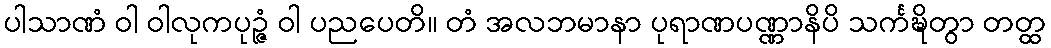
ပါသာဏံ ဝါ ဝါလုကပုဉ္ဇံ ဝါ ပညပေတိ။ တံ အလဘမာနာ ပုရာဏပဏ္ဏာနိပိ သင်္ကဍ္ဎိတွာ တတ္ထ